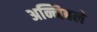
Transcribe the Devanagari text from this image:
अन्निबले